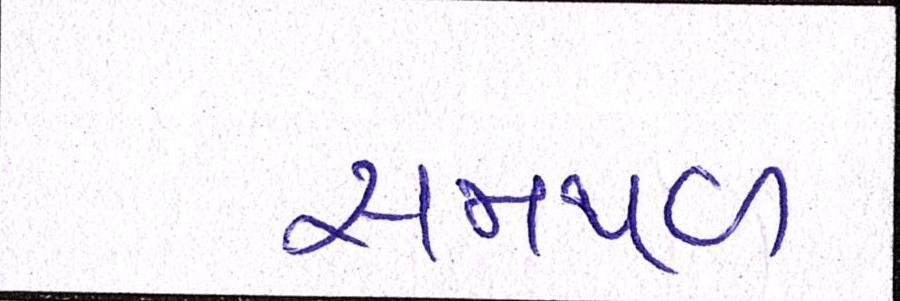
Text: સમથળ